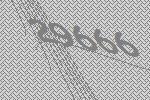
29666